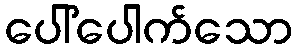
ပေါ်ပေါက်သော